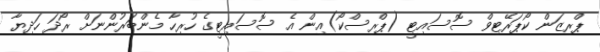
ޕްރިޒަން ކޯޕަރޭޓިވް ސޮސައިޓީ (ޕްރިސްކޯ)އިން އެ ސޮސައިޓީގެ ހުރިހާ މެންބަރުންނަށް ރޯދަ ހަދިޔާ